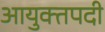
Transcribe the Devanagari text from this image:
आयुक्तपदी